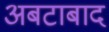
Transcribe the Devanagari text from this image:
अबटाबाद